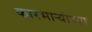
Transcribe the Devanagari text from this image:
कारभार्‍यांच्या